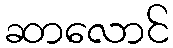
ဆာလောင်